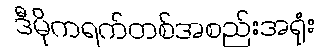
ဒီမိုကရက်တစ်အစည်းအရုံး